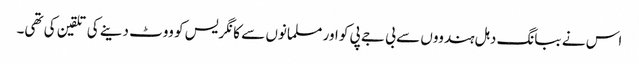
اس نے ببانگ دہل ہندووں سے بی جے پی کو اور مسلمانوں سے کانگریس کو ووٹ دینے کی تلقین کی تھی۔